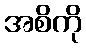
အစိကို